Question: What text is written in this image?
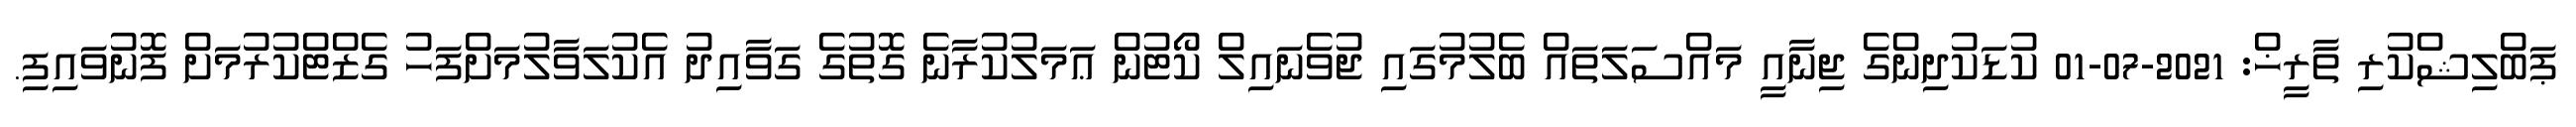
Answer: ޕަބްލިޝްކުރި ތާރީޚް: 2021-07-01 ކުޑަކުދިންގެ ޖިނާއީ މައްސަލަތައް ބެލުމުގައި ޖުވެނައިލް ކޯޓުން ޢަމަލުކުރާނެ ގޮތުގެ ގަވާއިދު އެކުލަވާލުމަށްފަހު ގެޒްޓްކުރުމަށް ފޮނުވައިފި.